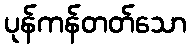
ပုန်ကန်တတ်သော